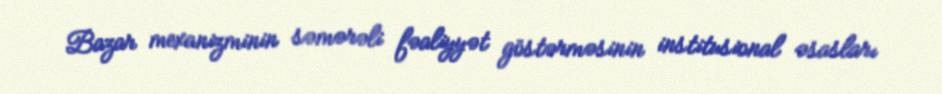
Bazar mexanizminin səmərəli fəaliyyət göstərməsinin institusional əsasları